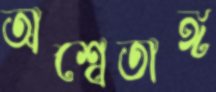
অশ্বেতাঙ্গ